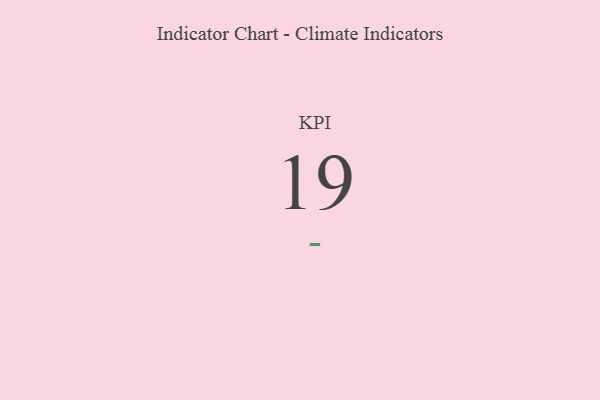
{"axis": {"x": "KPI", "y": "Value"}, "legend": [""], "data": [{"x": "KPI", "y": 19, "type": ""}]}